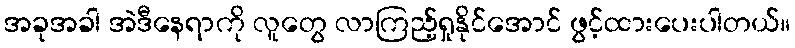
အခုအခါ အဲဒီနေရာကို လူတွေ လာကြည့်ရှုနိုင်အောင် ဖွင့်ထားပေးပါတယ်။